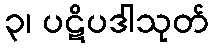
၃၊ ပဋိပဒါသုတ်